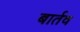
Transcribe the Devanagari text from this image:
बार्तव